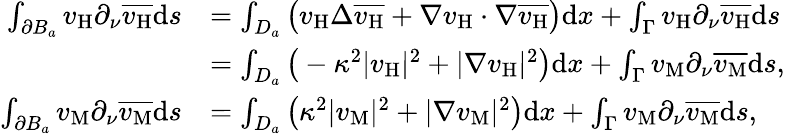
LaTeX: \begin{array}{rl}{\int_{\partial B_{a}}v_{\mathrm{H}}\partial_{\nu}\overline{{v_{\mathrm{H}}}}\mathrm{d}s}&{=\int_{D_{a}}\big(v_{\mathrm{H}}\Delta\overline{{v_{\mathrm{H}}}}+\nabla v_{\mathrm{H}}\cdot\nabla\overline{{v_{\mathrm{H}}}}\big)\mathrm{d}x+\int_{\Gamma}v_{\mathrm{H}}\partial_{\nu}\overline{{v_{\mathrm{H}}}}\mathrm{d}s}\\ &{=\int_{D_{a}}\big(-\kappa^{2}|v_{\mathrm{H}}|^{2}+|\nabla v_{\mathrm{H}}|^{2}\big)\mathrm{d}x+\int_{\Gamma}v_{\mathrm{M}}\partial_{\nu}\overline{{v_{\mathrm{M}}}}\mathrm{d}s,}\\ {\int_{\partial B_{a}}v_{\mathrm{M}}\partial_{\nu}\overline{{v_{\mathrm{M}}}}\mathrm{d}s}&{=\int_{D_{a}}\big(\kappa^{2}|v_{\mathrm{M}}|^{2}+|\nabla v_{\mathrm{M}}|^{2}\big)\mathrm{d}x+\int_{\Gamma}v_{\mathrm{M}}\partial_{\nu}\overline{{v_{\mathrm{M}}}}\mathrm{d}s,}\end{array}